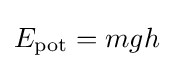
E_{\text{pot}}=mgh